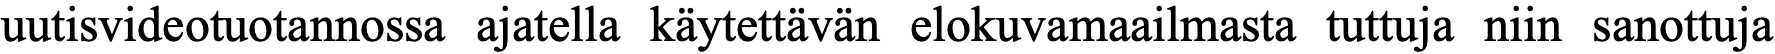
uutisvideotuotannossa ajatella käytettävän elokuvamaailmasta tuttuja niin sanottuja